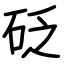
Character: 砭